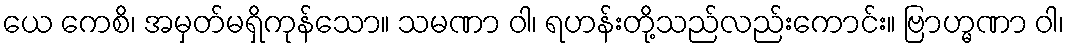
ယေ ကေစိ၊ အမှတ်မရှိကုန်သော။ သမဏာ ဝါ၊ ရဟန်းတို့သည်လည်းကောင်း။ ဗြာဟ္မဏာ ဝါ၊